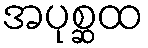
အပုစ္ဆထ